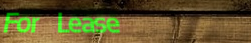
For Lease